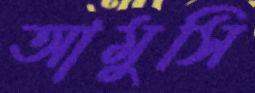
আমুসি